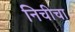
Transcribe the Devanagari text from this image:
निचीचा